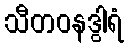
သီတဝနဒွါရံ